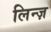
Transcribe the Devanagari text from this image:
लिन्ज़